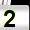
Digit: 2